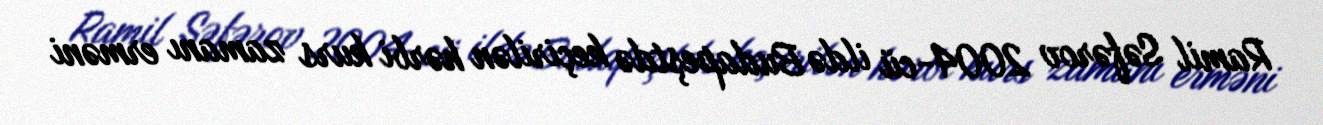
Ramil Səfərov 2004-cü ildə Budapeştdə keçirilən hərbi kurs zamanı erməni